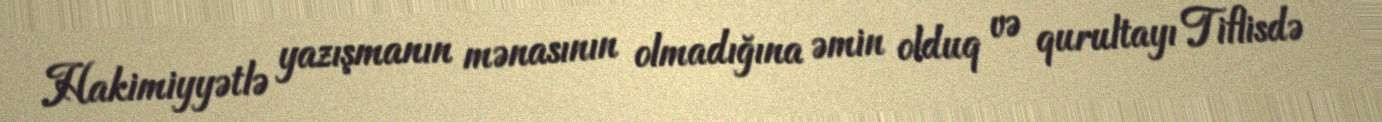
Hakimiyyətlə yazışmanın mənasının olmadığına əmin olduq və qurultayı Tiflisdə